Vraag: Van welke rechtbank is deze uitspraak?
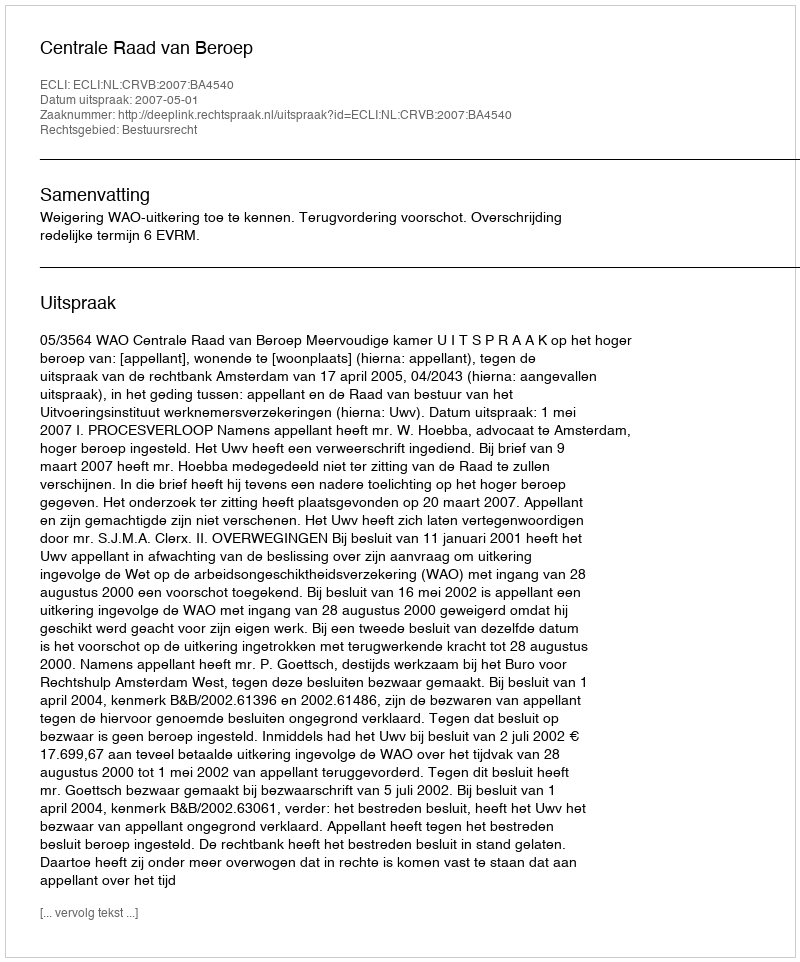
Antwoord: Centrale Raad van Beroep